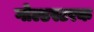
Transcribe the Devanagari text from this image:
गोल्डस्टरक